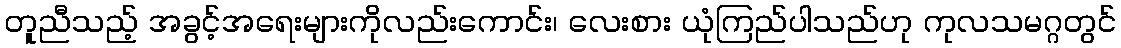
တူညီသည့် အခွင့်အရေးများကိုလည်းကောင်း၊ လေးစား ယုံကြည်ပါသည်ဟု ကုလသမဂ္ဂတွင်